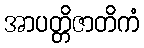
အာပတ္တိဇာတိကံ